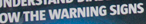
OW THE WARNING SIGNS